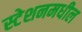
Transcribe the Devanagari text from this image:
स्टेशनमधील